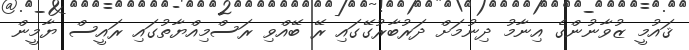
ޤައުމީ ޒުވާނުންގެ އިނާމު ދިނުމަށް ދަރުބާރުގޭގައި ރޭ ބޭއްވި ރަސްމިއްޔާތުގައި ރައީސް ޔާމީން